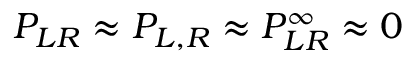
P _ { L R } \approx P _ { L , R } \approx P _ { L R } ^ { \infty } \approx 0